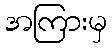
အကြားမှ